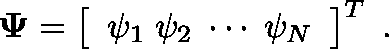
\mathbf { \Psi } = \left[ \begin{array} { l } { \mathbf { \psi } _ { 1 } \; \mathbf { \psi } _ { 2 } \; \cdots \; \mathbf { \psi } _ { N } } \end{array} \right] ^ { T } \; .